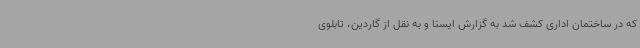
که در ساختمان اداری کشف شد به گزارش ایسنا و به نقل از گاردین، تابلوی